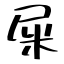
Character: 屎